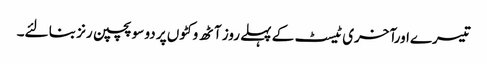
تیسرےاورآخری ٹیسٹ کے پہلے روز آٹھ وکٹوں پر دو سو پچپن رنز بنا لئے۔